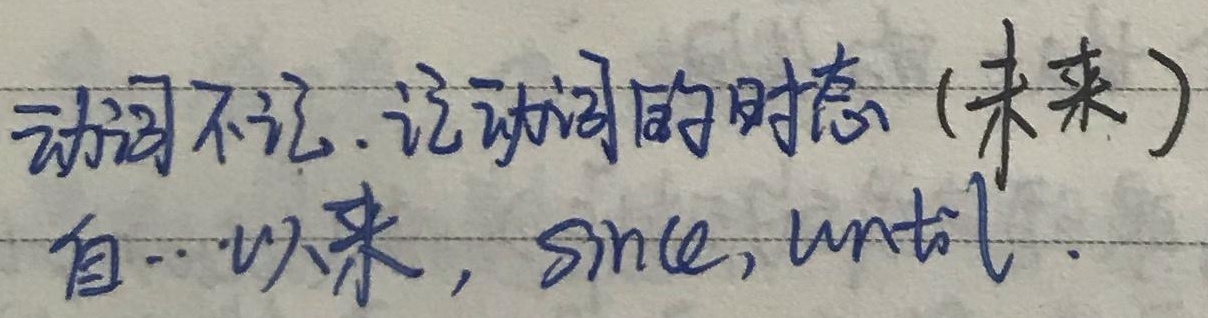
动词不记。记动词的时态 (未来)自...以来，since, until。